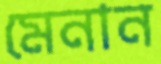
মেনান